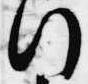
行